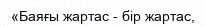
«Баяғы жартас - бір жартас,